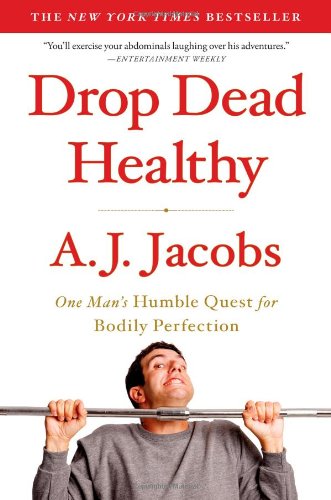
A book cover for Drop Dead Healthy: One Man's Humble Quest for Bodily Perfection; A. J. Jacobs; Humor & Entertainment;